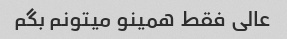
عالی فقط همینو میتونم بگم